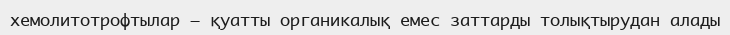
хемолитотрофтылар — қуатты органикалық емес заттарды толықтырудан алады